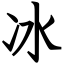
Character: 冰